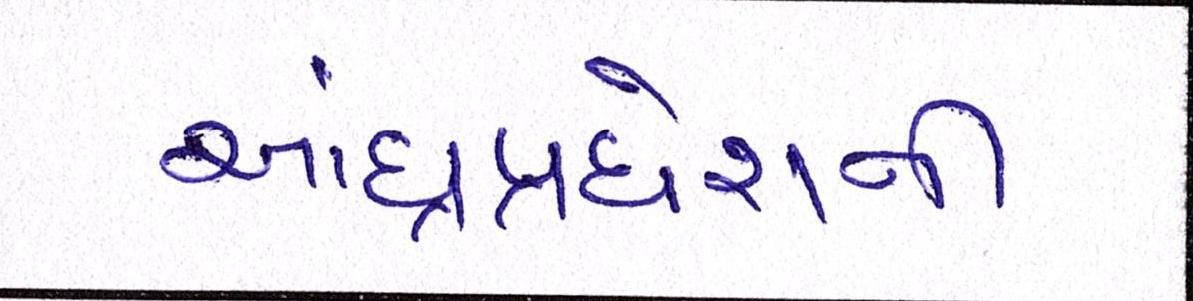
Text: આંધ્રપ્રદેશની